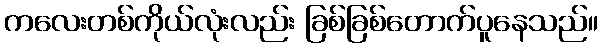
ကလေးတစ်ကိုယ်လုံးလည်း ခြစ်ခြစ်တောက်ပူနေသည်။